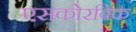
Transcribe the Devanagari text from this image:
एसकोरबिक